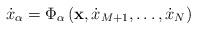
LaTeX: \begin{align*}\dot{x}_\alpha=\Phi_\alpha\left(\textbf{x},\dot{x}_{M+1},\ldots,\dot{x}_N\right)\end{align*}